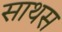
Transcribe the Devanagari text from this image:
साथस